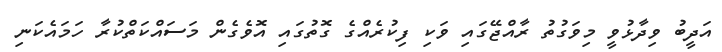
އަދީބު ވިދާޅުވީ މިވަގުތު ރާއްޖޭގައި ވަކި ފިކުރެއްގެ ގޮތުގައި އޮވެގެން މަސައްކަތްކުރާ ހަމައެކަނި